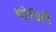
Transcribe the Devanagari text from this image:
गोजिरें